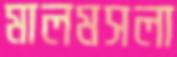
মালমসলা